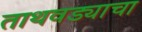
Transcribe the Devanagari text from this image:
ताथवड्याचा